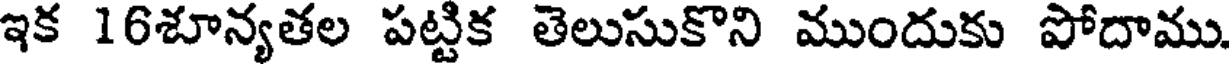
ఇక 16శూన్యతల పట్టిక తెలుసుకొని ముందుకు పోదాము